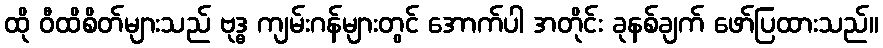
ထို ဝီထိစိတ်များသည် ဗုဒ္ဓ ကျမ်းဂန်များတွင် အောက်ပါ အတိုင်း ခုနစ်ချက် ဖော်ပြထားသည်။